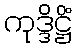
ကုဒ္ဒိဋ္ဌိံ